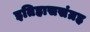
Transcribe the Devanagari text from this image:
इतिहाससंग्रह